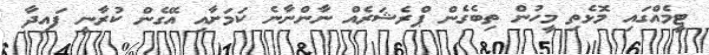
ޓީމެއްގައި މޮޅެތި މީހުން ތިބެގެން ޕްރެޝަރެއް ނާންނާނެ ކަމަށާއި އޭގެން ކުރާނީ ފައިދާ